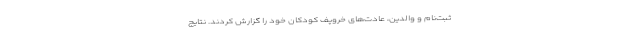
ثبت‌نام و والدین، عادت‌های خروپف کودکان خود را گزارش کردند. نتایج